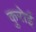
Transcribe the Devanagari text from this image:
कुरोई